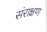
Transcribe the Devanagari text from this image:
संराक्षण